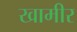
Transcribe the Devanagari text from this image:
खामीर